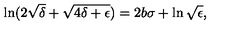
\ln ( 2 \sqrt { \delta } + \sqrt { 4 \delta + \epsilon } ) = 2 b \sigma + \ln \sqrt { \epsilon } ,